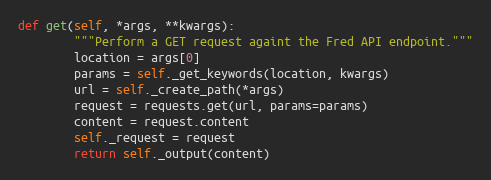
Language: Python
def get(self, *args, **kwargs):
        """Perform a GET request againt the Fred API endpoint."""
        location = args[0]
        params = self._get_keywords(location, kwargs)
        url = self._create_path(*args)
        request = requests.get(url, params=params)
        content = request.content
        self._request = request
        return self._output(content)